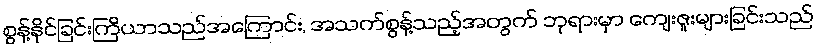
စွန့်နိုင်ခြင်းကြိယာသည်အကြောင်း, အသက်စွန့်သည့်အတွက် ဘုရားမှာ ကျေးဇူးများခြင်းသည်